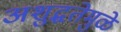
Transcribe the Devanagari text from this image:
अशुद्धतेमुळे